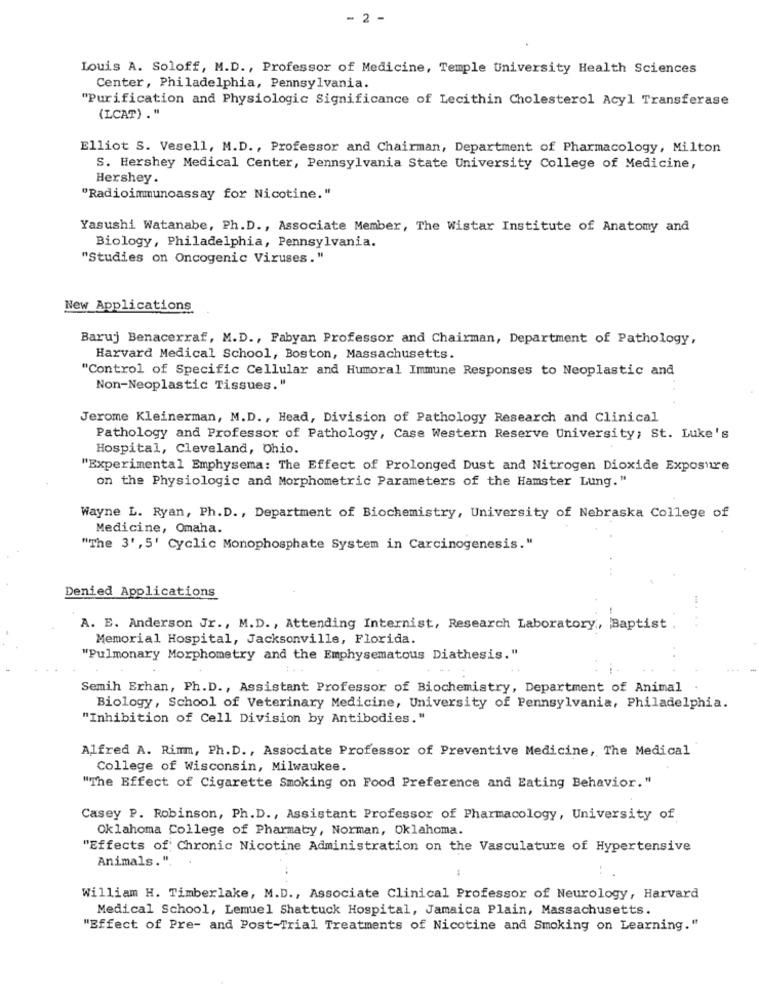
- :
Louis A. Soloff, M.D ., Professor of Medicine, Temple University Health Sciences
Center, Philadelphia, Pennsylvania.
"Purification and Physiologic Significance of Lecithin Cholesterol Acyl Transferase
(LCAT) ."
Elliot S. Vesell, M.D ., Professor and Chairman, Department of Pharmacology, Milton
S. Hershey Medical Center, Pennsylvania State University College of Medicine,
Hershey.
"Radioimmunoassay for Nicotine."
Yasushi Watanabe, Ph.D ., Associate Member, The Wistar Institute of Anatomy and
Biology, Philadelphia, Pennsylvania.
"Studies on Oncogenic Viruses."
New Applications
Baruj Benacerraf, M.D ., Fabyan Professor and Chairman, Department of Pathology,
Harvard Medical School, Boston, Massachusetts.
"Control of Specific Cellular and Humoral Immune Responses to Neoplastic and
Non-Neoplastic Tissues."
Jerome Kleinerman, M.D ., Head, Division of Pathology Research and Clinical
Pathology and Professor of Pathology, Case Western Reserve University; St. Luke's
Hospital, Cleveland, Ohio.
"Experimental Emphysema: The Effect of Prolonged Dust and Nitrogen Dioxide Exposure
on the Physiologic and Morphometric Parameters of the Hamster Lung."
Wayne L. Ryan, Ph. D ., Department of Biochemistry, University of Nebraska College of
Medicine, Omaha.
"The 3', 5' Cyclic Monophosphate System in Carcinogenesis."
Denied Applications
A. E. Anderson Jr ., M.D ., Attending Internist, Research Laboratory, Baptist
Memorial Hospital, Jacksonville, Florida.
"Pulmonary Morphometry and the Emphysematous Diathesis."
Semih Erhan, Ph.D ., Assistant Professor of Biochemistry, Department of Animal
Biology, School of Veterinary Medicine, University of Pennsylvania, Philadelphia.
"Inhibition of Cell Division by Antibodies."
Alfred A. Rimm, Ph.D ., Associate Professor of Preventive Medicine, The Medical
College of Wisconsin, Milwaukee.
"The Effect of Cigarette Smoking on Food Preference and Eating Behavior. "
Casey P. Robinson, Ph.D ., Assistant Professor of Pharmacology, University of
Oklahoma College of Pharmacy, Norman, Oklahoma.
"Effects of Chronic Nicotine Administration on the Vasculature of Hypertensive
Animals.".
William H. Timberlake, M.D ., Associate Clinical Professor of Neurology, Harvard
Medical School, Lemuel Shattuck Hospital, Jamaica Plain, Massachusetts.
"Effect of Pre- and Post-Trial Treatments of Nicotine and Smoking on Learning."